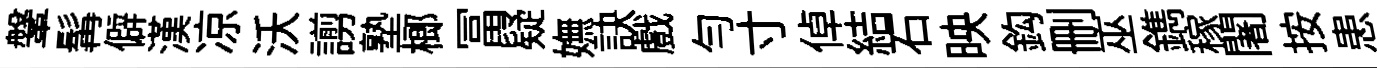
鞶髯僻漢凉沃謭塾榔冨疑嫵訣戲匀寸倬結石映鈎删巫鐫稼闍按患